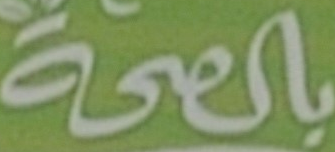
بالصحة